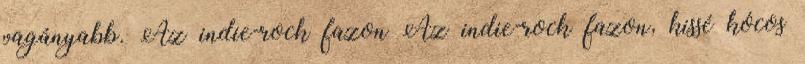
vagányabb. Az indie-rock fazon Az indie-rock fazon, kissé kócos